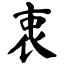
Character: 衷